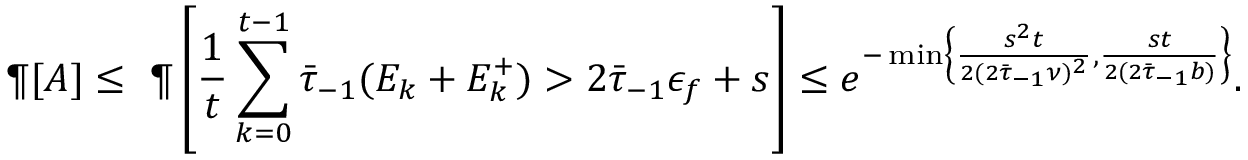
\P [ A ] \leq \ \P \left[ \frac { 1 } { t } \sum _ { k = 0 } ^ { t - 1 } \bar { \tau } _ { - 1 } ( E _ { k } + E _ { k } ^ { + } ) > 2 \bar { \tau } _ { - 1 } \epsilon _ { f } + s \right] \leq e ^ { - \operatorname* { m i n } \left\{ \frac { s ^ { 2 } t } { 2 ( 2 \bar { \tau } _ { - 1 } \nu ) ^ { 2 } } , \frac { s t } { 2 ( 2 \bar { \tau } _ { - 1 } b ) } \right\} } .